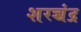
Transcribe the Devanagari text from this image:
शरच्चंंद्र